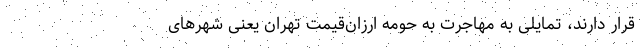
قرار دارند، تمایلی به مهاجرت به حومه ارزان‌قیمت تهران یعنی شهرهای